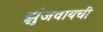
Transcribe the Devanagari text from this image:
झुंजवायची